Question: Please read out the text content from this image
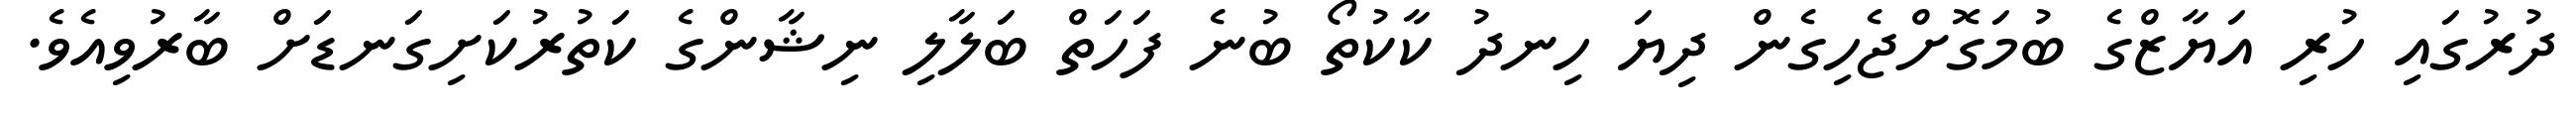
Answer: ދުރުގައި ހުރި އަޔާޒްގެ ބުމަގޮށްޖެހިގެން ދިޔަ ހިނދު ކާކުތޯ ބުނެ ފަހަތް ބަލާލި ނިޝާންގެ ކަތުރުކަށިގަނޑަށް ބާރުވިއެވެ.